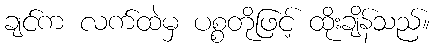
ချင်က လက်ထဲမှ ပစ္စတိုဖြင့် ထိုးချိန်သည်။